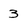
Character: 3